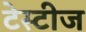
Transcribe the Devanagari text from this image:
टेस्टीज